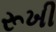
રૂખી